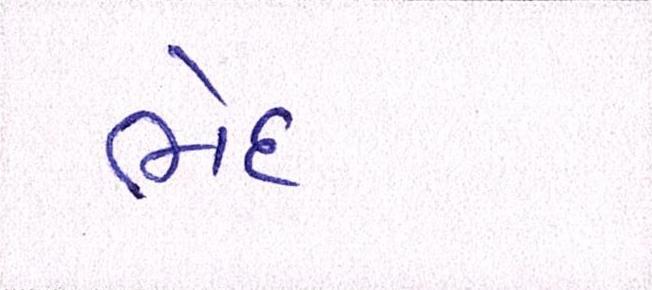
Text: ભેદ